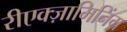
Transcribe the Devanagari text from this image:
रीएक्ज़ामिनिंग